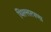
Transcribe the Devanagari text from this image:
थिल्लरपणा